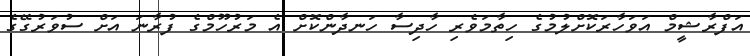
އަފްރާޝީމް އަވަހާރަކޮށްލުމުގެ ހިތާމަވެރި ހާދިސާ ހަނދާންކޮށް އެ މަރުހޫމްގެ ފުރާނަ އަށް ސުވަރުގޭގެ